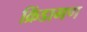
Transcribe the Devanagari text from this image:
क्रिंडागण